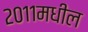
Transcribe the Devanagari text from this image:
२०११मधील